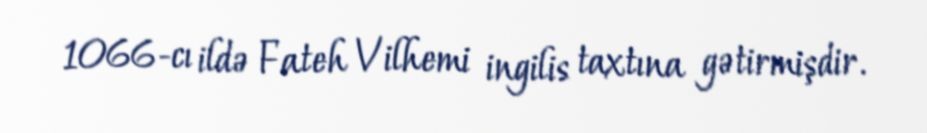
1066-cı ildə Fateh Vilhemi ingilis taxtına gətirmişdir.